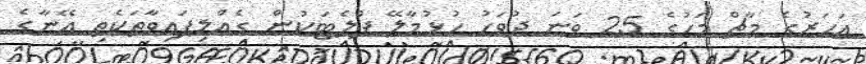
އަހަރުގެ މާޗް މަހުގެ 25 ވަނަ ދުވަހު ހުޅުމާލޭ ފްލެޓަކުން ގެއްލިފައިވާތަކެތި އޭނާގެ